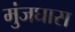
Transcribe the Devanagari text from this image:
मुंजघास